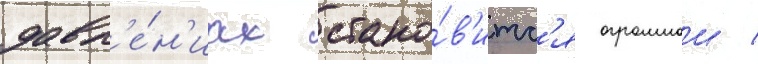
давл'е́н'иах стано́в'итс'я огромнои /